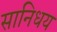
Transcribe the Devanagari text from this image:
सानिधय